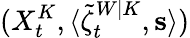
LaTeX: (X_{t}^{K},\langle\tilde{\zeta}_{t}^{W|K},\mathbf{s}\rangle)